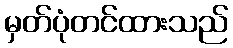
မှတ်ပုံတင်ထားသည်